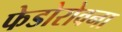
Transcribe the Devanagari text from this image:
फेडोरोवना